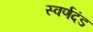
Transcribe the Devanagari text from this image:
स्वर्णदंड